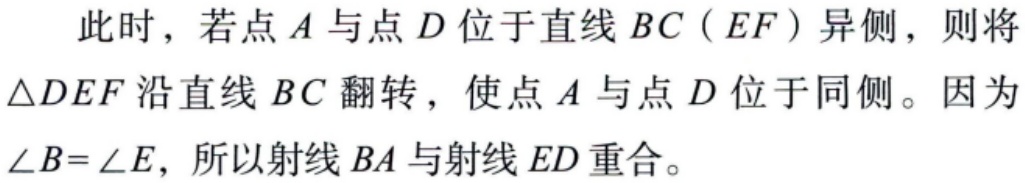
此时，若点\(A\)与点\(D\)位于直线\(BC（EF）\)异侧，则将\(\triangle DEF\)沿直线\(BC\)翻转，使点\(A\)与点\(D\)位于同侧。因为\(\angle B = \angle E\)，所以射线\(BA\)与射线\(ED\)重合。